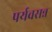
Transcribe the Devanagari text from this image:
पर्यवसन्न